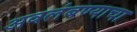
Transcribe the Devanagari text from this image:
अवलंबण्याचा